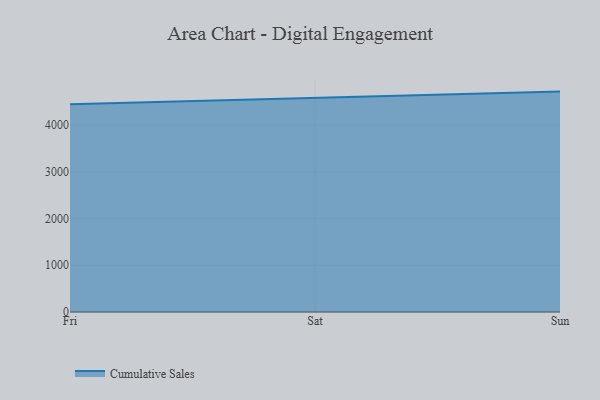
{"axis": {"x": "Day", "y": "Page Views"}, "legend": ["Cumulative Sales"], "data": [{"x": "Fri", "y": 4447.2, "type": "Cumulative Sales"}, {"x": "Sat", "y": 4579.0, "type": "Cumulative Sales"}, {"x": "Sun", "y": 4716.9, "type": "Cumulative Sales"}]}